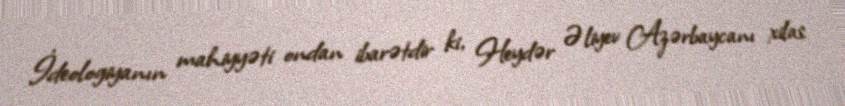
İdeologiyanın mahiyyəti ondan ibarətdir ki, Heydər Əliyev Azərbaycanı xilas